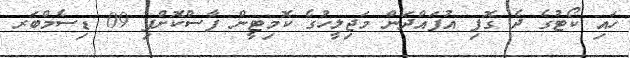
ހައި ކޯޓުގެ ދެ ގޮފި އުފައްދަން މަޖިލީހުގެ ކޮމިޓީން ފާސްކޮށްފި 09 ޑިސެމްބަރ